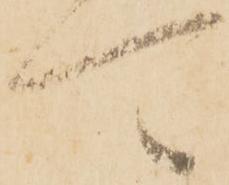
可